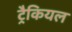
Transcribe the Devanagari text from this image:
ट्रैकियल